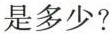
是多少?